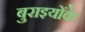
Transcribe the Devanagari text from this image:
बुराइयोंके